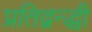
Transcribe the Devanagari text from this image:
प्रतिद्वन्द्धी